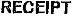
RECEIPT